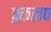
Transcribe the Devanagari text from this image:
प्रकलप